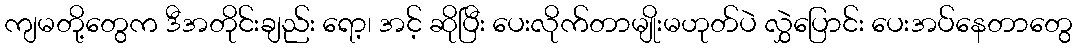
ကျမတို့တွေက ဒီအတိုင်းချည်း ရော့၊ အင့် ဆိုပြီး ပေးလိုက်တာမျိုးမဟုတ်ပဲ လွှဲပြောင်း ပေးအပ်နေတာတွေ